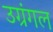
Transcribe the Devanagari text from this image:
उग्रंंगल